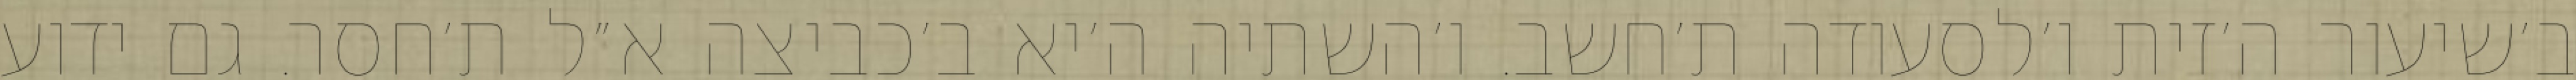
ב׳שיעור ה׳זית ו׳לסעודה ת׳חשב. ו׳השתיה ה׳יא ב׳כביצה א״ל ת׳חסר. גם ידוע